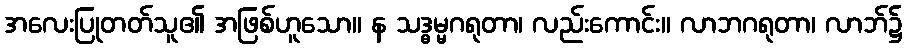
အလေးပြုတတ်သူ၏ အဖြစ်ဟူသော။ န သဒ္ဓမ္မဂရုတာ၊ လည်းကောင်း။ လာဘဂရုတာ၊ လာဘ်၌